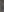
-